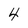
Character: 4